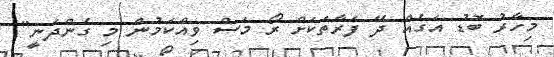
މިހާރު ބޮޑު އަގެއް ދޭ ފަރާތަކަށް ރޯ މަސް ވިއްކަމުން މި ގެންދަނީ"